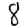
Digit: 8